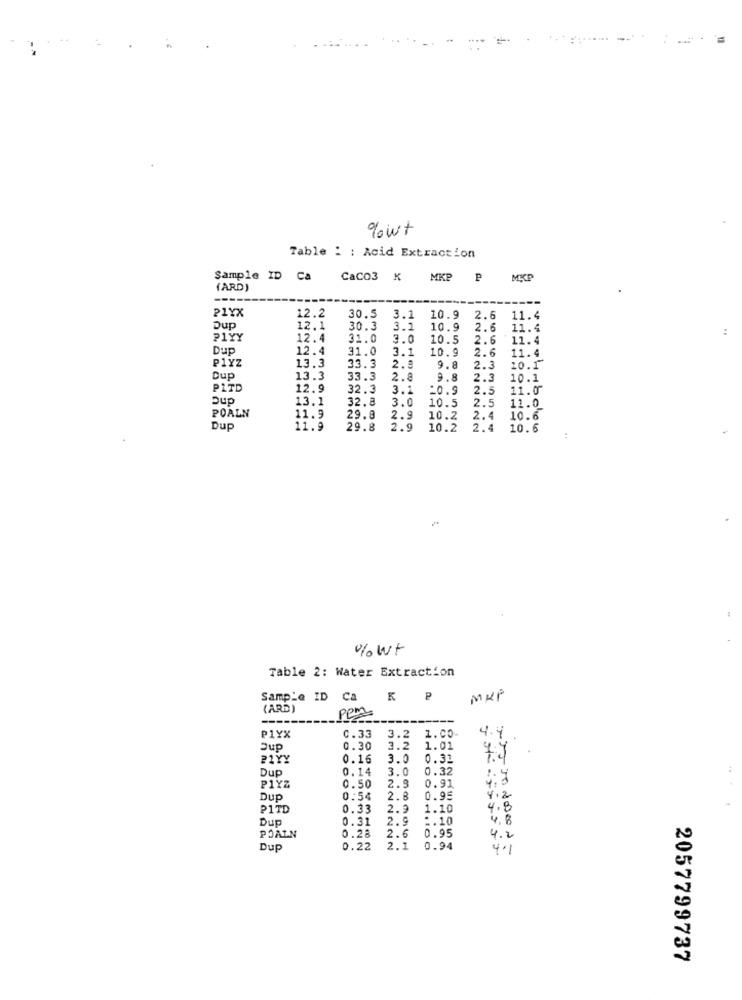
gowt
Table : : Acid Extraction
Sample ID Ca
CaCO3 K
MKP
MKP
(ARD)
-----
P1YX
12.2
30.5
3.1
10.9
2.6
11.4
12,1
30.3
3.1
10.9
2.6
11.4
:
21YY
12.4
31.0
3.0
10.5
2.6
11.4
Dup
12.4
31.0
3.1
10.9
2.6
P1YZ
0 10 0 10
11.4
13.3
33.3
2.9
9.8
2.3
10.1
Dup
13.3
33.3
2.8
9.8
2.3
10.1
PITO
12.9
32.3
3.1
*0.9
2.5
11.0
pup
13.1
32.8
3.0
10.5
2.5
11.0
POALN
11.9
29.8
2.9
10.2
2.4
10.6
Dup
11.9
29.8
2.9
10.2
2.4
10.6
%wt
Table 2: Water Extraction
Sample ID
Ca
₽
MHP
(ARD )
ppm
4.4
P1YX
0.33
3.2
1.00-
Jup
0.30
3.2
1.01
P1YY
0.16
3.0
0.31
79
Dup
0.14
3.0
0.32
P1YZ
0.50
2.9
0.91
Dup
0:54
2.8
0.95
4.2
PITD
0.33
2.9
1.10
4.8
Dup
0.31
2.9
:. 10
4.8
0.28
0.95
POALN
2.6
4.2
Dup
0.22
2.1
0.94
4.1
2057799737